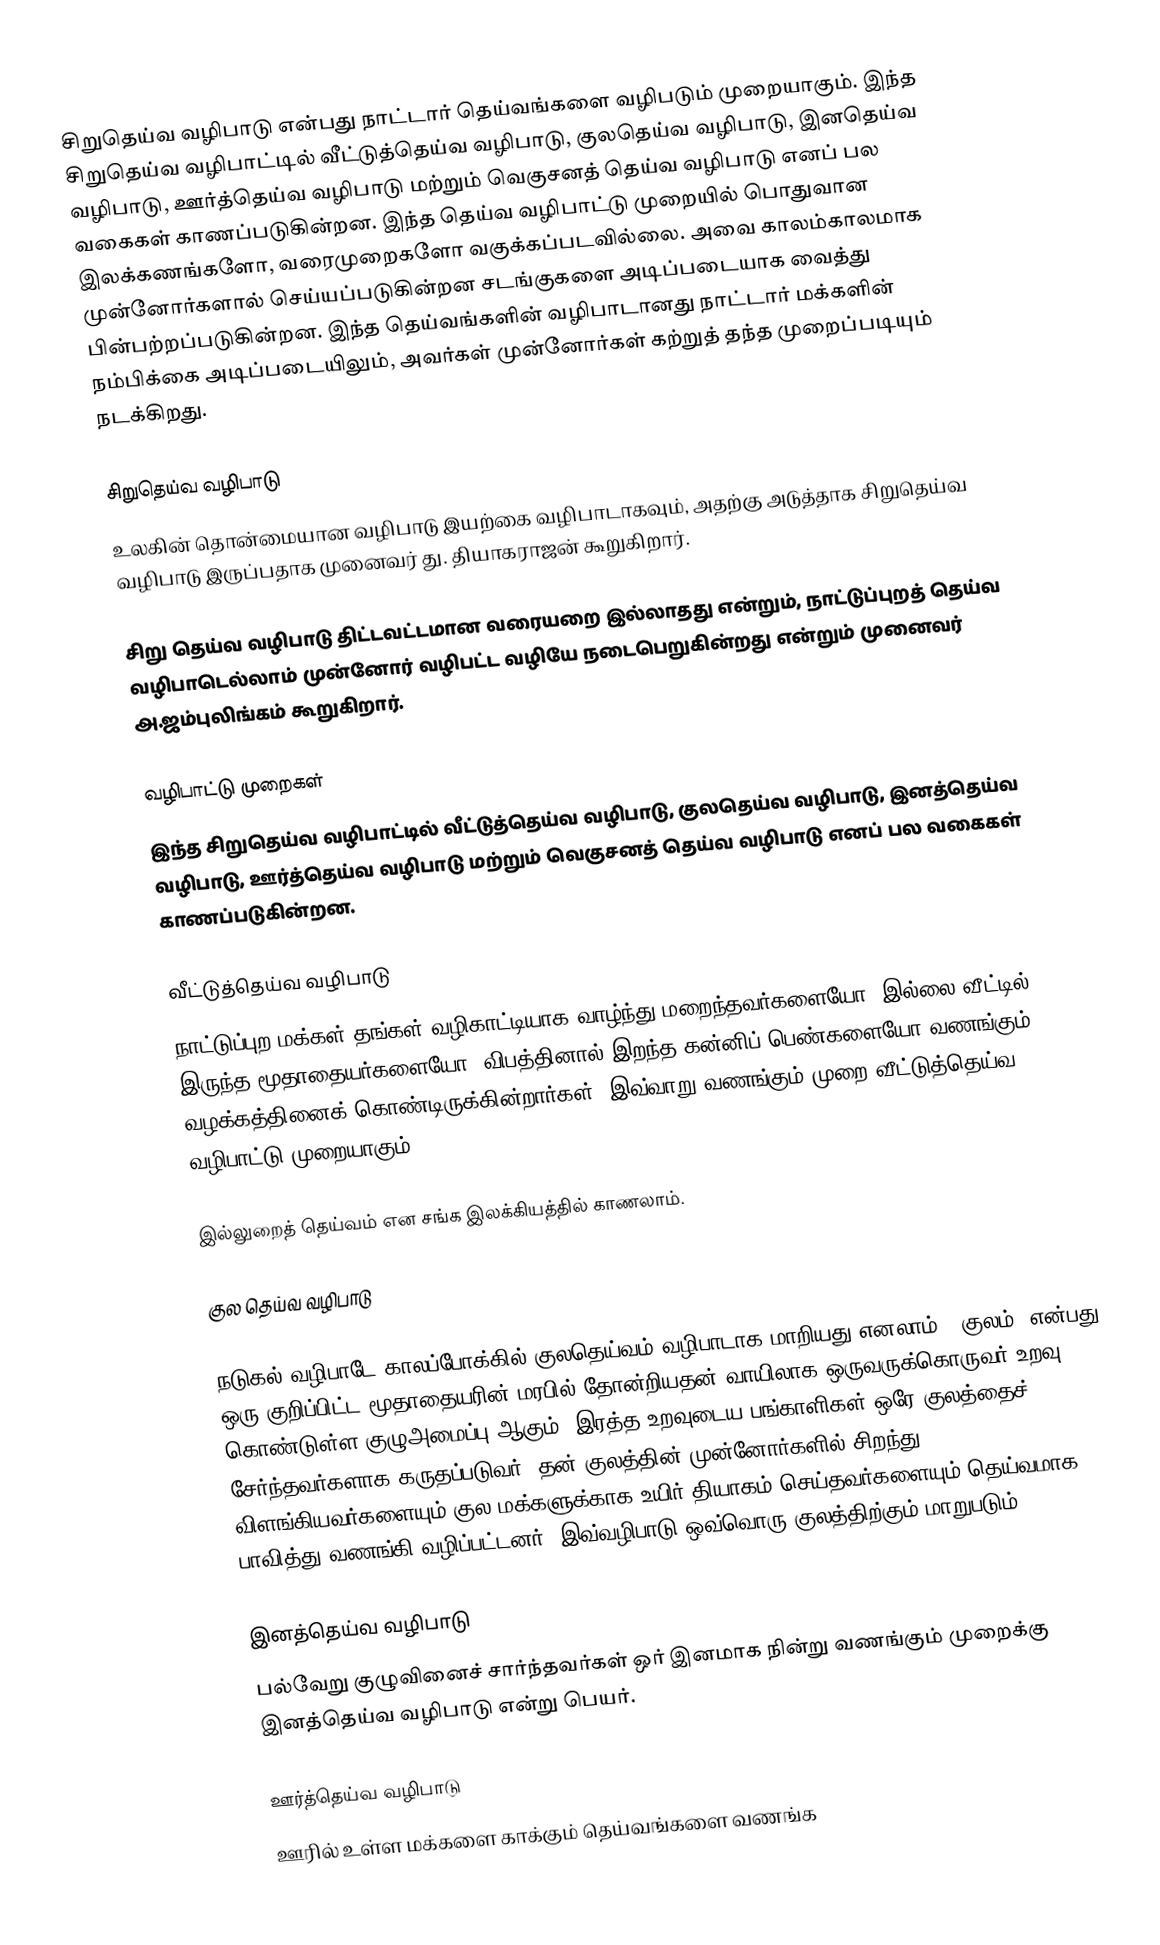
சிறுதெய்வ வழிபாடு என்பது நாட்டார் தெய்வங்களை வழிபடும் முறையாகும். இந்த சிறுதெய்வ வழிபாட்டில் வீட்டுத்தெய்வ வழிபாடு, குலதெய்வ வழிபாடு, இனதெய்வ வழிபாடு, ஊர்த்தெய்வ வழிபாடு மற்றும் வெகுசனத் தெய்வ வழிபாடு எனப் பல வகைகள் காணப்படுகின்றன. இந்த தெய்வ வழிபாட்டு முறையில் பொதுவான இலக்கணங்களோ, வரைமுறைகளோ வகுக்கப்படவில்லை. அவை காலம்காலமாக முன்னோர்களால் செய்யப்படுகின்றன சடங்குகளை அடிப்படையாக வைத்து பின்பற்றப்படுகின்றன. இந்த தெய்வங்களின் வழிபாடானது நாட்டார் மக்களின் நம்பிக்கை அடிப்படையிலும், அவர்கள் முன்னோர்கள் கற்றுத் தந்த முறைப்படியும் நடக்கிறது.

சிறுதெய்வ வழிபாடு
உலகின் தொன்மையான வழிபாடு இயற்கை வழிபாடாகவும், அதற்கு அடுத்தாக சிறுதெய்வ வழிபாடு இருப்பதாக முனைவர் து. தியாகராஜன் கூறுகிறார்.

சிறு தெய்வ வழிபாடு திட்டவட்டமான வரையறை இல்லாதது என்றும், நாட்டுப்புறத் தெய்வ வழிபாடெல்லாம் முன்னோர் வழிபட்ட வழியே நடைபெறுகின்றது என்றும் முனைவர் அ.ஜம்புலிங்கம் கூறுகிறார்.

வழிபாட்டு முறைகள்
இந்த சிறுதெய்வ வழிபாட்டில் வீட்டுத்தெய்வ வழிபாடு, குலதெய்வ வழிபாடு, இனத்தெய்வ வழிபாடு, ஊர்த்தெய்வ வழிபாடு மற்றும் வெகுசனத் தெய்வ வழிபாடு எனப் பல வகைகள் காணப்படுகின்றன.

வீட்டுத்தெய்வ வழிபாடு
நாட்டுப்புற மக்கள் தங்கள் வழிகாட்டியாக வாழ்ந்து மறைந்தவர்களையோ, இல்லை வீட்டில் இருந்த மூதாதையர்களையோ, விபத்தினால் இறந்த  கன்னிப் பெண்களையோ வணங்கும் வழக்கத்தினைக் கொண்டிருக்கின்றார்கள். இவ்வாறு வணங்கும் முறை வீட்டுத்தெய்வ வழிபாட்டு முறையாகும்.

இல்லுறைத் தெய்வம் என சங்க இலக்கியத்தில் காணலாம்.

குல தெய்வ வழிபாடு

நடுகல் வழிபாடே காலப்போக்கில் குலதெய்வம் வழிபாடாக மாறியது எனலாம். 'குலம்’ என்பது ஒரு குறிப்பிட்ட  மூதாதையரின் மரபில் தோன்றியதன் வாயிலாக ஒருவருக்கொருவர் உறவு கொண்டுள்ள குழுஅமைப்பு ஆகும். இரத்த உறவுடைய பங்காளிகள் ஒரே குலத்தைச் சேர்ந்தவர்களாக கருதப்படுவர். தன் குலத்தின் முன்னோர்களில் சிறந்து விளங்கியவர்களையும்,குல மக்களுக்காக உயிர் தியாகம் செய்தவர்களையும் தெய்வமாக பாவித்து வணங்கி வழிப்பட்டனர். இவ்வழிபாடு ஒவ்வொரு குலத்திற்கும் மாறுபடும்.

இனத்தெய்வ வழிபாடு
பல்வேறு குழுவினைச் சார்ந்தவர்கள் ஒர் இனமாக நின்று வணங்கும் முறைக்கு இனத்தெய்வ வழிபாடு என்று பெயர்.

ஊர்த்தெய்வ வழிபாடு
ஊரில் உள்ள மக்களை காக்கும் தெய்வங்களை வணங்க